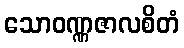
သောဝဏ္ဏဇာလစိတံ